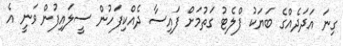
ގިނަ އަދަދެއްގެ ބަޔަކު ފްލެޓު ގަތުމަށް ފައިސާ ދެއްކިފަހުން ސީލައިފުން ވަނީ އެ